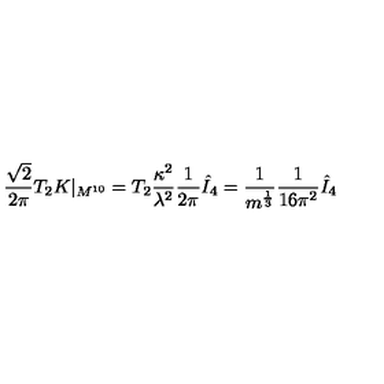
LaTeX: \frac { \sqrt { 2 } } { 2 \pi } T _ { 2 } K | _ { M ^ { 1 0 } } = T _ { 2 } \frac { \kappa ^ { 2 } } { \lambda ^ { 2 } } \frac { 1 } { 2 \pi } \hat { I } _ { 4 } = \frac { 1 } { m ^ { \frac { 1 } { 3 } } } \frac { 1 } { 1 6 \pi ^ { 2 } } \hat { I } _ { 4 }